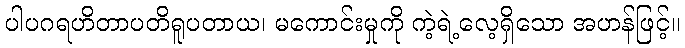
ပါပဂရဟိတာပတိရူပတာယ၊ မကောင်းမှုကို ကဲ့ရဲ့လေ့ရှိသော အဟန်ဖြင့်။